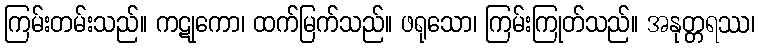
ကြမ်းတမ်းသည်။ ကဋုကော၊ ထက်မြက်သည်။ ဖရုသော၊ ကြမ်းကြုတ်သည်။ အနုတ္တရဿ၊